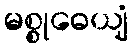
မစ္စုဓေယျံ